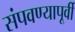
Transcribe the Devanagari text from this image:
संपवण्यापूर्वी